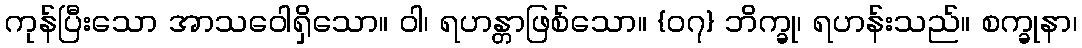
ကုန်ပြီးသော အာသဝေါရှိသော။ ဝါ၊ ရဟန္တာဖြစ်သော။ {၀၇} ဘိက္ခု၊ ရဟန်းသည်။ စက္ခုနာ၊